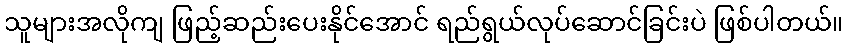
သူများအလိုကျ ဖြည့်ဆည်းပေးနိုင်အောင် ရည်ရွယ်လုပ်ဆောင်ခြင်းပဲ ဖြစ်ပါတယ်။